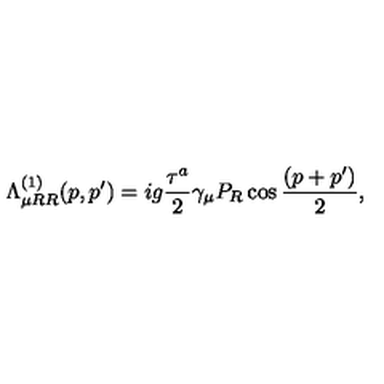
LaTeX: \Lambda _ { \mu R R } ^ { ( 1 ) } ( p , p ^ { \prime } ) = i g { \frac { \tau ^ { a } } { 2 } } \gamma _ { \mu } P _ { R } \cos { \frac { ( p + p ^ { \prime } ) } { 2 } } ,